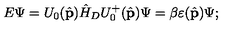
E \Psi = U _ { 0 } ( \hat { \bf p } ) \hat { H } _ { D } U _ { 0 } ^ { + } ( \hat { \bf p } ) \Psi = \beta \varepsilon ( \hat { \bf p } ) \Psi ;